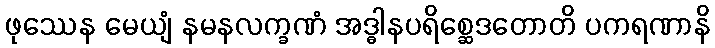
ဖုဿေန မေယျံ နမနလက္ခဏံ အဒ္ဓါနပရိစ္ဆေဒတောတိ ပကရဏာနိ